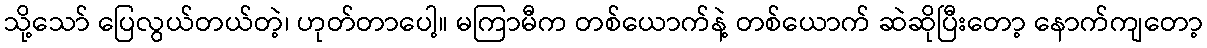
သို့သော် ပြေလွယ်တယ်တဲ့၊ ဟုတ်တာပေါ့။ မကြာမီက တစ်ယောက်နဲ့ တစ်ယောက် ဆဲဆိုပြီးတော့ နောက်ကျတော့